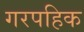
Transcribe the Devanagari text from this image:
गरपहिक